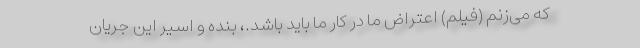
که می‌زنم (فیلم) اعتراض ما در کار ما باید باشد.، بنده و اسیر این جریان